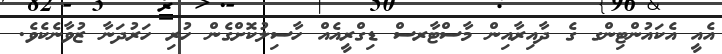
އެއީ އެކައުންޓިންގ ގެ ދާއިރާއިން މާސްޓާރސް ޑިގްރީއެއް ހާސިލުކޮށްގެން ހުރި ހަރުދަނާ ޒުވާނެކެވެ.